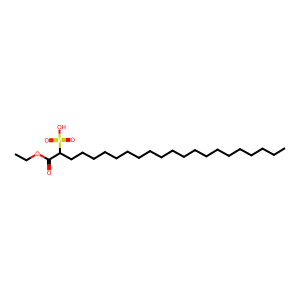
SMILES: CCCCCCCCCCCCCCCCCCCCC(C(=O)OCC)S(=O)(=O)O
Inhibits HIV replication: No